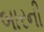
બારની